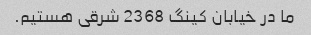
ما در خیابان کینگ 2368 شرقی هستیم.